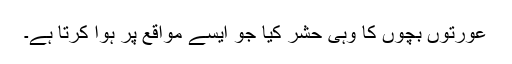
عورتوں بچوں کا وہی حشر کیا جو ایسے مواقع پر ہوا کرتا ہے۔